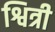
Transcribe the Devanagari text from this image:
श्वित्री